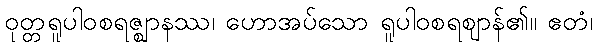
ဝုတ္တရူပါဝစရဇ္ဈာနဿ၊ ဟောအပ်သော ရူပါဝစရဈာန်၏။ ဧတံ၊